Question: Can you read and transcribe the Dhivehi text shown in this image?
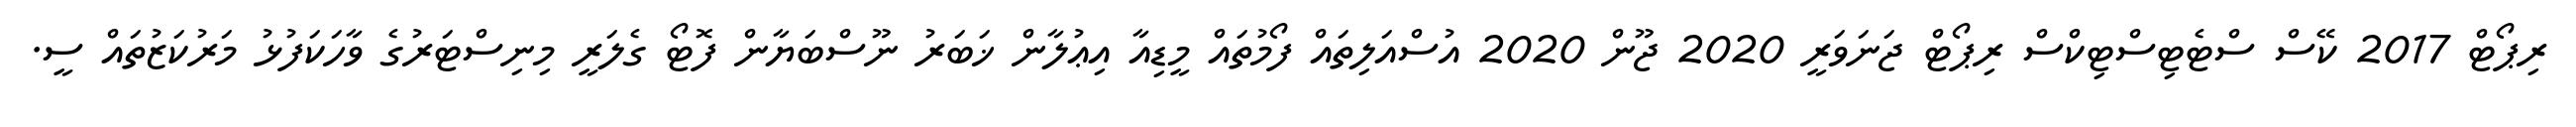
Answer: ރިޕޯޓް 2017 ކޭސް ސްޓެޓިސްޓިކްސް ރިޕޯޓް ޖަނަވަރީ 2020 ޖޫން 2020 އުސްއަލިތައް ފޯމުތައް މީޑިއާ އިޢުލާން ޚަބަރު ނޫސްބަޔާން ފޮޓޯ ގެލަރީ މިނިސްޓަރުގެ ވާހަކަފުޅު މަރުކަޒުތައް ސީ.